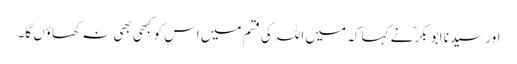
اور سیدنا ابو بکرؓ نے کہا کہ میں اللہ کی قسم میں اس کو کبھی بھی نہ کھاؤں گا۔